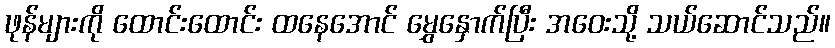
ဖုန်များကို ထောင်းထောင်း ထနေအောင် မွှေနှောက်ပြီး အဝေးသို့ သယ်ဆောင်သည်။